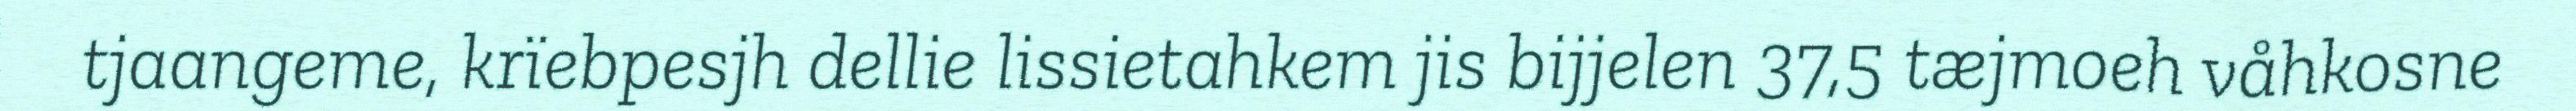
tjaangeme, krïebpesjh dellie lissietahkem jis bijjelen 37,5 tæjmoeh våhkosne